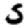
Digit: 5